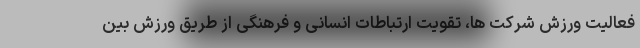
فعالیت ورزش شرکت ها، تقویت ارتباطات انسانی و فرهنگی از طریق ورزش بین